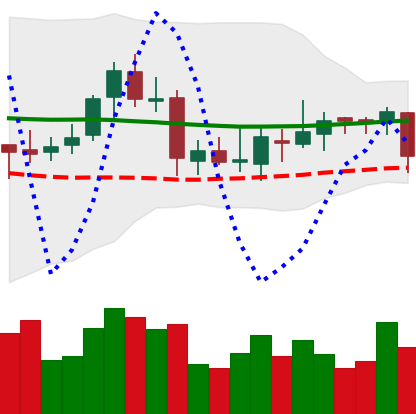
Ticker: ETC-USD
Chart end date: 2018-07-31
Forward return: 8.927%
Label: up_7plus